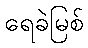
ရေခဲမြစ်